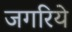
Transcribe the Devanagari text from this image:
जगरिये